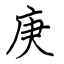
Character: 庚